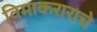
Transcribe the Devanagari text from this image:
विमाकराराचे